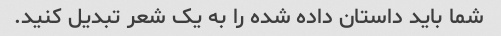
شما باید داستان داده شده را به یک شعر تبدیل کنید.